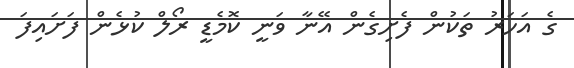
ގެ އަހަރު ތަކުން ފެށިގެން އޭނާ ވަނީ ކޮމެޑީ ރޯލް ކުޅެން ފަށައިފަ